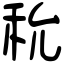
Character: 𥝲